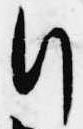
行